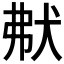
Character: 𤝟